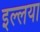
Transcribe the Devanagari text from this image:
इल्लया